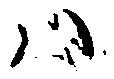
ハ